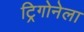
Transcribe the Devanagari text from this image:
ट्रिगोनेला